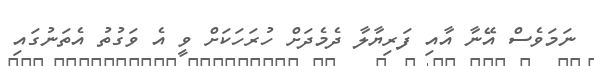
ނަމަވެސް އޭނާ އާއި ފަރިޔާލާ ދެމެދަށް ހުރަހަކަށް ވީ އެ ވަގުތު އެތަނުގައި